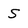
Character: S